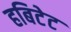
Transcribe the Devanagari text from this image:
हबिटेट